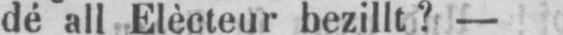
dé all Elècteur bezillt? -